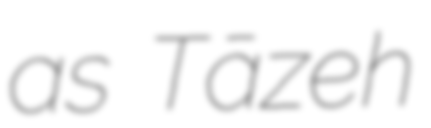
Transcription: as Tāzeh